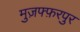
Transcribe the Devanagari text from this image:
मुज़फ्फ़रपुर